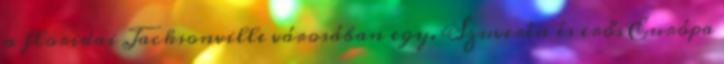
a floridai Jacksonville városában egy. Szuverén és erős Európa